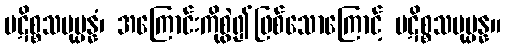
ပဋိစ္စသမုပ္ပန္နံ၊ အကြောင်းကိုစွဲ၍ဖြစ်သောကြောင့် ပဋိစ္စသမုပ္ပန္န။